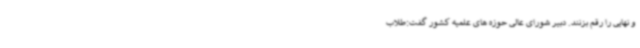
و نهایی را رقم بزنند. دبیر شورای عالی حوزه های علمیه کشور گفت:طلاب